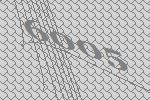
6005